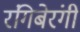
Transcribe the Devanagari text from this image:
रंगिबेरंगी